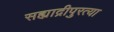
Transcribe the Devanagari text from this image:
सह्याद्रीपुरत्या